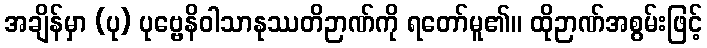
အချိန်မှာ (ပု) ပုဗ္ဗေနိဝါသာနုဿတိဉာဏ်ကို ရတော်မူ၏။ ထိုဉာဏ်အစွမ်းဖြင့်